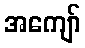
အကျော်